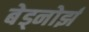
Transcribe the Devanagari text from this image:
बेड्नोर्झ